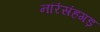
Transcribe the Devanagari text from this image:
नरिंसंहगड़